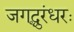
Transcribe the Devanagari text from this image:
जगद्धुरंधरः